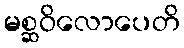
မစ္ဆဝိလောပေတိ